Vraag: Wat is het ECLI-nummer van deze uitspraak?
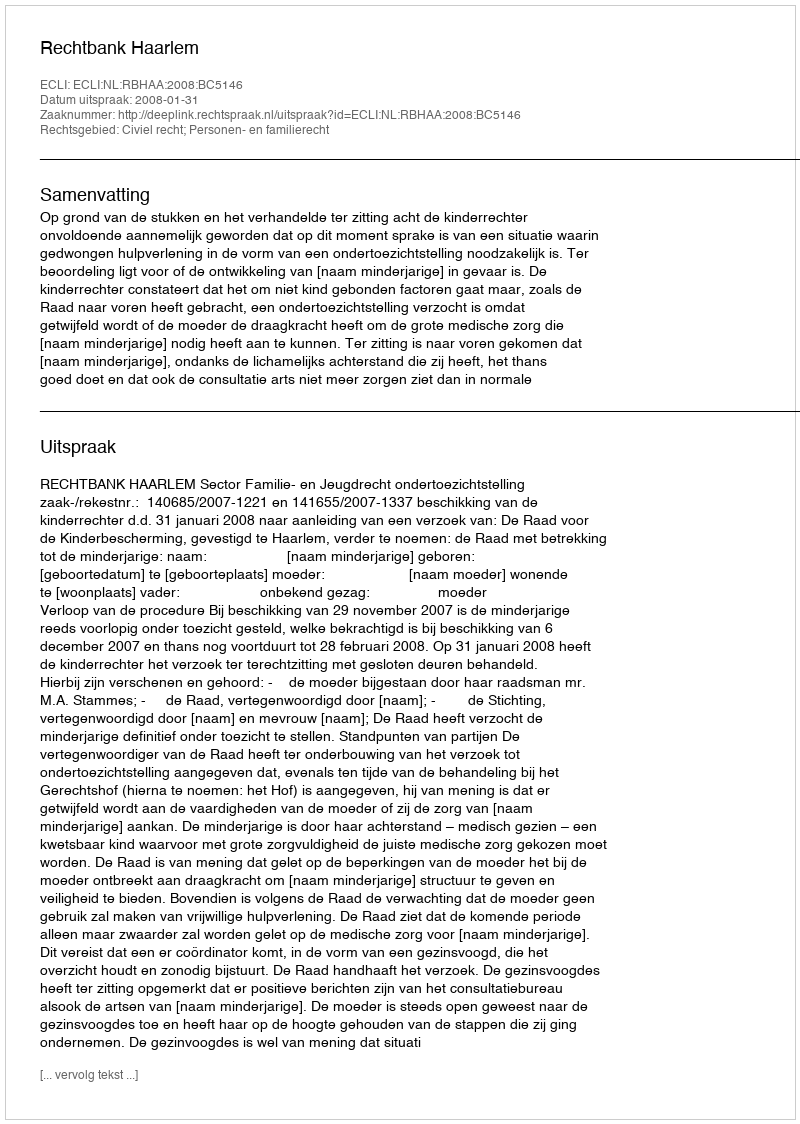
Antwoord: ECLI:NL:RBHAA:2008:BC5146